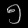
Digit: ၅